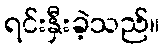
ရင်းနှီးခဲ့သည်။